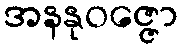
အနနုဝဇ္ဇော